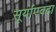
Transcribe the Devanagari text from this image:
सूर्याएवढा